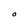
Character: O